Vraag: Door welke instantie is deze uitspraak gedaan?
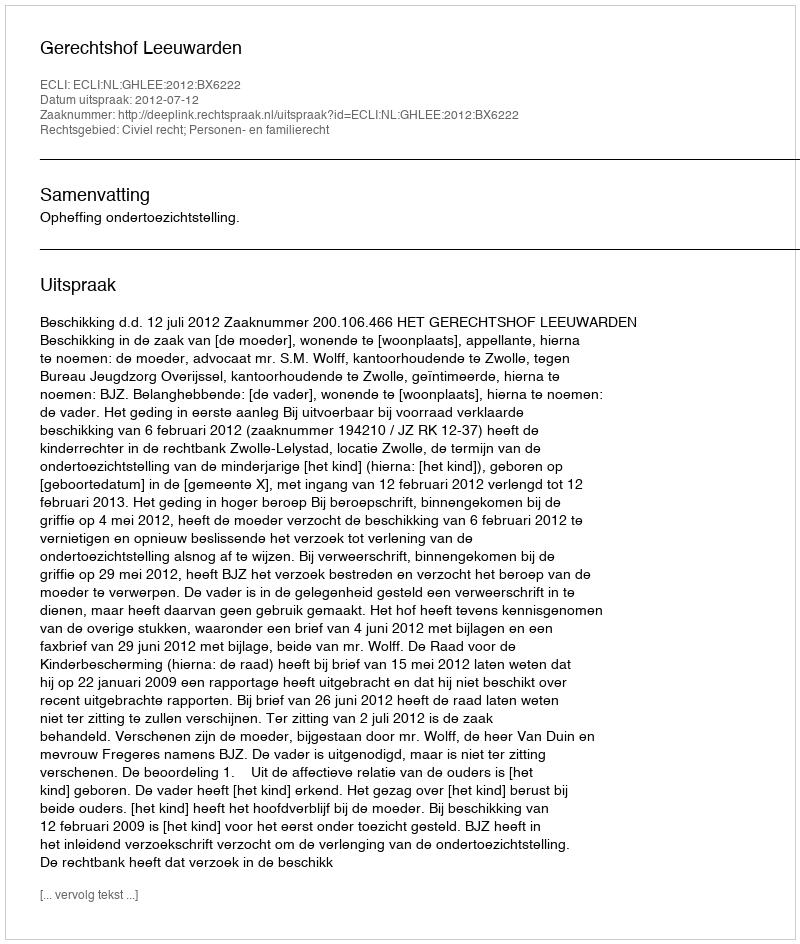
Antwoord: Gerechtshof Leeuwarden